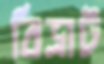
বিভ্রাট